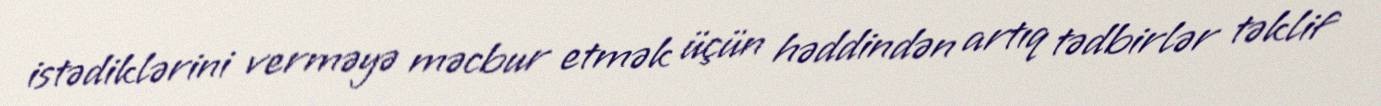
istədiklərini verməyə məcbur etmək üçün həddindən artıq tədbirlər təklif